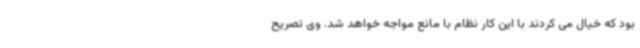
بود که خیال می کردند با این کار نظام با مانع مواجه خواهد شد. وی تصریح